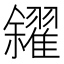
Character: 𠑝